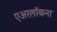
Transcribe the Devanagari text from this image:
एअरलॉकना